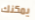
يمكنك